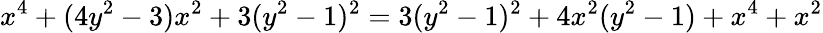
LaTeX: x^{4}+(4y^{2}-3)x^{2}+3(y^{2}-1)^{2}=3(y^{2}-1)^{2}+4x^{2}(y^{2}-1)+x^{4}+x^{2}